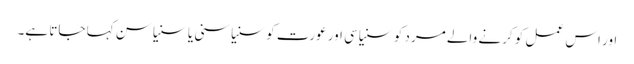
اور اس عمل کو کرنے والے مرد کو سنیاسی اور عورت کو سنیاسنی یا سنیاسن کہا جاتا ہے۔